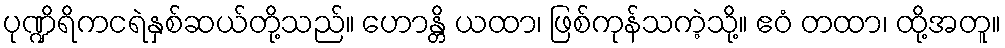
ပုဏ္ဍိရိကငရဲနှစ်ဆယ်တို့သည်။ ဟောန္တိ ယထာ၊ ဖြစ်ကုန်သကဲ့သို့။ ဧဝံ တထာ၊ ထို့အတူ။